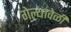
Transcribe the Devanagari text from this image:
गेल्यावेळीं